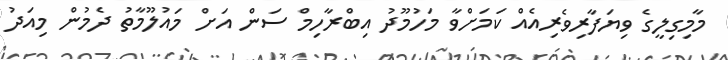
މާމިގިލީގެ ވިޔަފާރިވެރިއެއް ކަމަށްވާ މަހުމޫދު އިބްރާހިމް ސަން އަށް މައުލޫމާތު ދެމުން މިއަދު